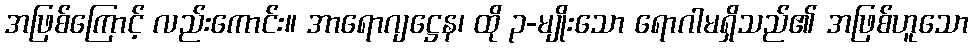
အဖြစ်ကြောင့် လည်းကောင်း။ အာရောဂျဋ္ဌေန၊ ထို ၃-မျိုးသော ရောဂါမရှိသည်၏ အဖြစ်ဟူသော